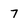
Character: 7